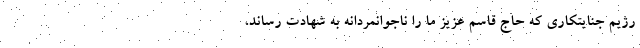
رژیم جنایتکاری که حاج قاسم عزیز ما را ناجوانمردانه به شهادت رساند،